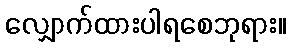
လျှောက်ထားပါရစေဘုရား။